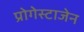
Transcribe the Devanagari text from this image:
प्रोगेस्टाजेन